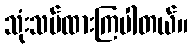
သုံးသပ်ထားကြပါတယ်။